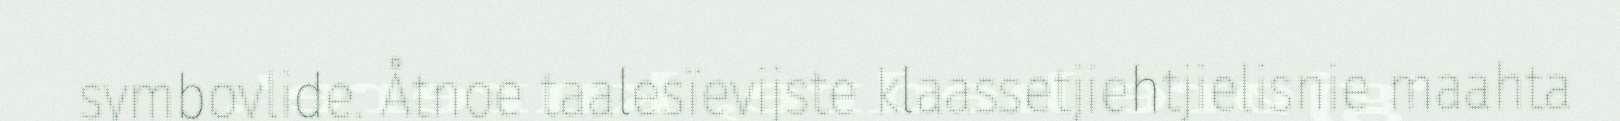
symbovlide. Åtnoe taalesïevijste klaassetjiehtjielisnie maahta